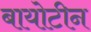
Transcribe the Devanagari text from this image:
बायोटीन